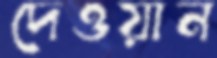
দেওয়ান